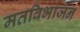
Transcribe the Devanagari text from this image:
मतविभाजन